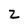
Character: 2